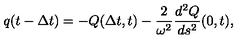
q ( t - { \Delta t } ) = - Q ( { \Delta t } , t ) - { \frac { 2 } { \omega ^ { 2 } } } { \frac { d ^ { 2 } Q } { d s ^ { 2 } } } ( 0 , t ) ,